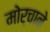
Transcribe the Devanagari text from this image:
मोर्चाने